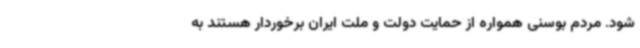
شود. مردم بوسنی همواره از حمایت دولت و ملت ایران برخوردار هستند به